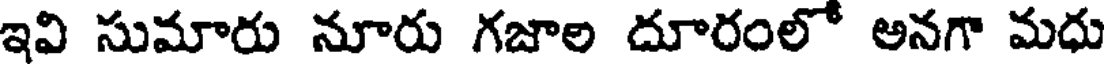
ఇవి సుమారు నూరు గజాల దూరంలో అనగా మధు